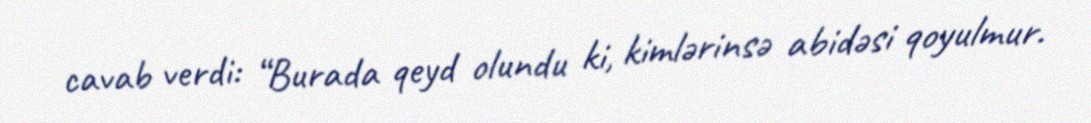
cavab verdi: “Burada qeyd olundu ki, kimlərinsə abidəsi qoyulmur.